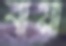
বায়া